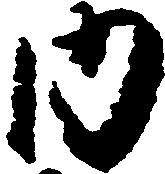
内